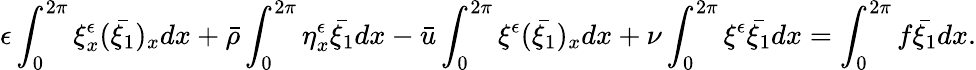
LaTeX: \epsilon\int_{0}^{2\pi}\xi_{x}^{\epsilon}(\bar{\xi_{1}})_{x}dx+\bar{\rho}\int_{0}^{2\pi}\eta_{x}^{\epsilon}\bar{\xi_{1}}dx-\bar{u}\int_{0}^{2\pi}\xi^{\epsilon}(\bar{\xi_{1}})_{x}dx+\nu\int_{0}^{2\pi}\xi^{\epsilon}\bar{\xi_{1}}dx=\int_{0}^{2\pi}f\bar{\xi_{1}}dx.